Report of the King Institute of Preventive Medicine, Guindy
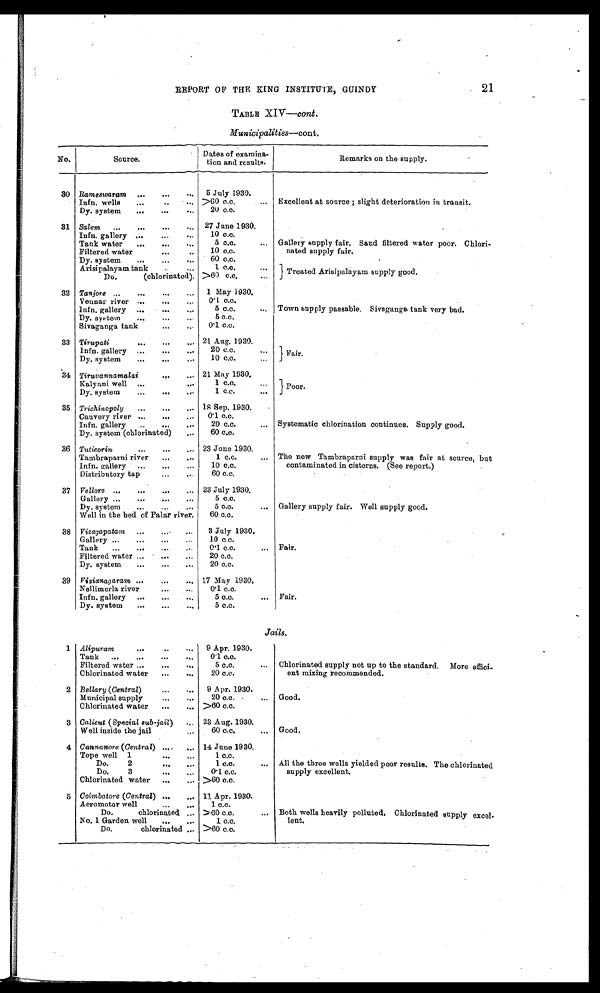
REPORT OF THE KING INSTITUTE, GUINDY
21
TABLE XIV—cont.
Municipalities—cont.
No.
Source.
Dates of
examinetion and results.
Remarks on the supply.
30 Rameswaram
5 July 1930.
Infn. wells
>60 c.c.
Excellent at source; slight deterioration in transit.
Dy. system
20 c.c.
31 Salem
27 June 1930.
Infn. gallery
10 c.c.
Tank water.
5 c.c.
Gallery supply fair. Sand filtered water poor. Chlori-
natted supply fair.
Filtered water
10 c.c.
Dy. system
60 c.c.
Arisipalayam tank
1 cc.
Treated Arisipalayam supply good.
Do (chlorinated) >60 c.c.
32 Tanjore
1 May 1930.
Vennar river
0·1 c.c.
Ian.gallery
5 c.c.
Town supply passable. Sivaganga tank very bad.
Dy. system
5 c.c.
Sivaganga tank
0·1 c.c.
33 Tirupati
21 Aug. 1930.
Infn. gallery
20 c.c.
Fair.
Dy. system
10 c.c.
34 Tiruvannamalai
21 May 1930.
Poor.
Kalyani well
1 c.c.
Dy. system
1 c.c.
35 Trichinopoly
18 Sep. 1930.
Cauvery river
0·1 c.c.
Infn. gallery
20 c.c.
Systematic chlorination continues. Supply good.
Dy. system (chlorinated)
60 c.c.
36 Tuticorin
23 Jane 1930.
Tambraparni river
1 c.c.
The new Tambraparni supply was fair at source, but
contaminated in cisterns. (See report.)
Infn. gallery
10 c.c.
Distributory tap
60 c.c.
37 Vellore
23 July 1930.
Gallery
5 c.c.
Dy. system
5 c.c.
Gallery supply fair. Well supply good.
Well in the bed of Palar river
60 c.c.
38 Vizagapatam
3 July 1930.
Gallery
10 c.c.
Tank
0·1 c.c.
Fair.
Filtered water
20 c.c.
Dy. system
20 c.c.
39 Vizianagaram
17 May 1930.
Nellimerla river
0·1 c.c.
Infn. gallery
5 c.c
Fair.
Dy. system
5 c.c.
Jails.
1 Alipuram
9 Apr. 1930.
Tank
0·1 c.c.
Filtered water
5 c.c.
Chlorinated supply not up to the standard. More effici-
ent mixing recommended.
Chlorinated water
20 c.c.
2 Bellary (Central)
9 Apr. 1930.
Municipal supply
20 c.c.
Good.
Chlorinated water
>60 c.c.
3 Calicut (Special sub..jail)
23 Aug. 1930.
Well inside the jail
60 c.c.
Good.
4 Cannanore (Central)
14 June 1930
Tope well 1
1 c.c.
Do. 2
1 c.c.
All the three wells yielded poor results. The chlorinated
supply excellent.
Do. 3
0·1 c.c.
Chlorinated water
>60 c.c.
5 Coimbotore (Central)
11 Apr. 1930.
Aerornotor well
1 c.c.
Do. chlorinated
>60 c.c.
Both wells heavily polluted. Chlorinated supply excel-
lent.
No. 1 Garden well
1 c.c.
Do. chlorinated
>60 c.c.